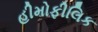
હીમોફીલિક